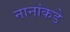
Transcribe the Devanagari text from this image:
नानांकडे